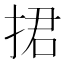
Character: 捃